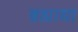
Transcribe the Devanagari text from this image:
ब्रह्माद्या